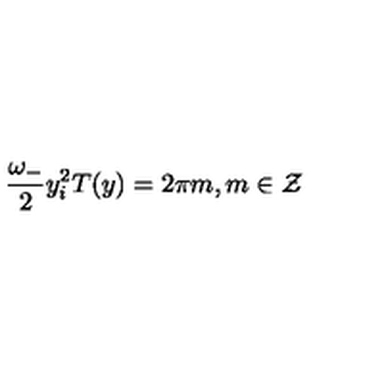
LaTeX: \frac { \omega _ { - } } { 2 } y _ { i } ^ { 2 } T ( y ) = 2 \pi m , m \in { \cal Z }